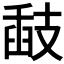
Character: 𢻗